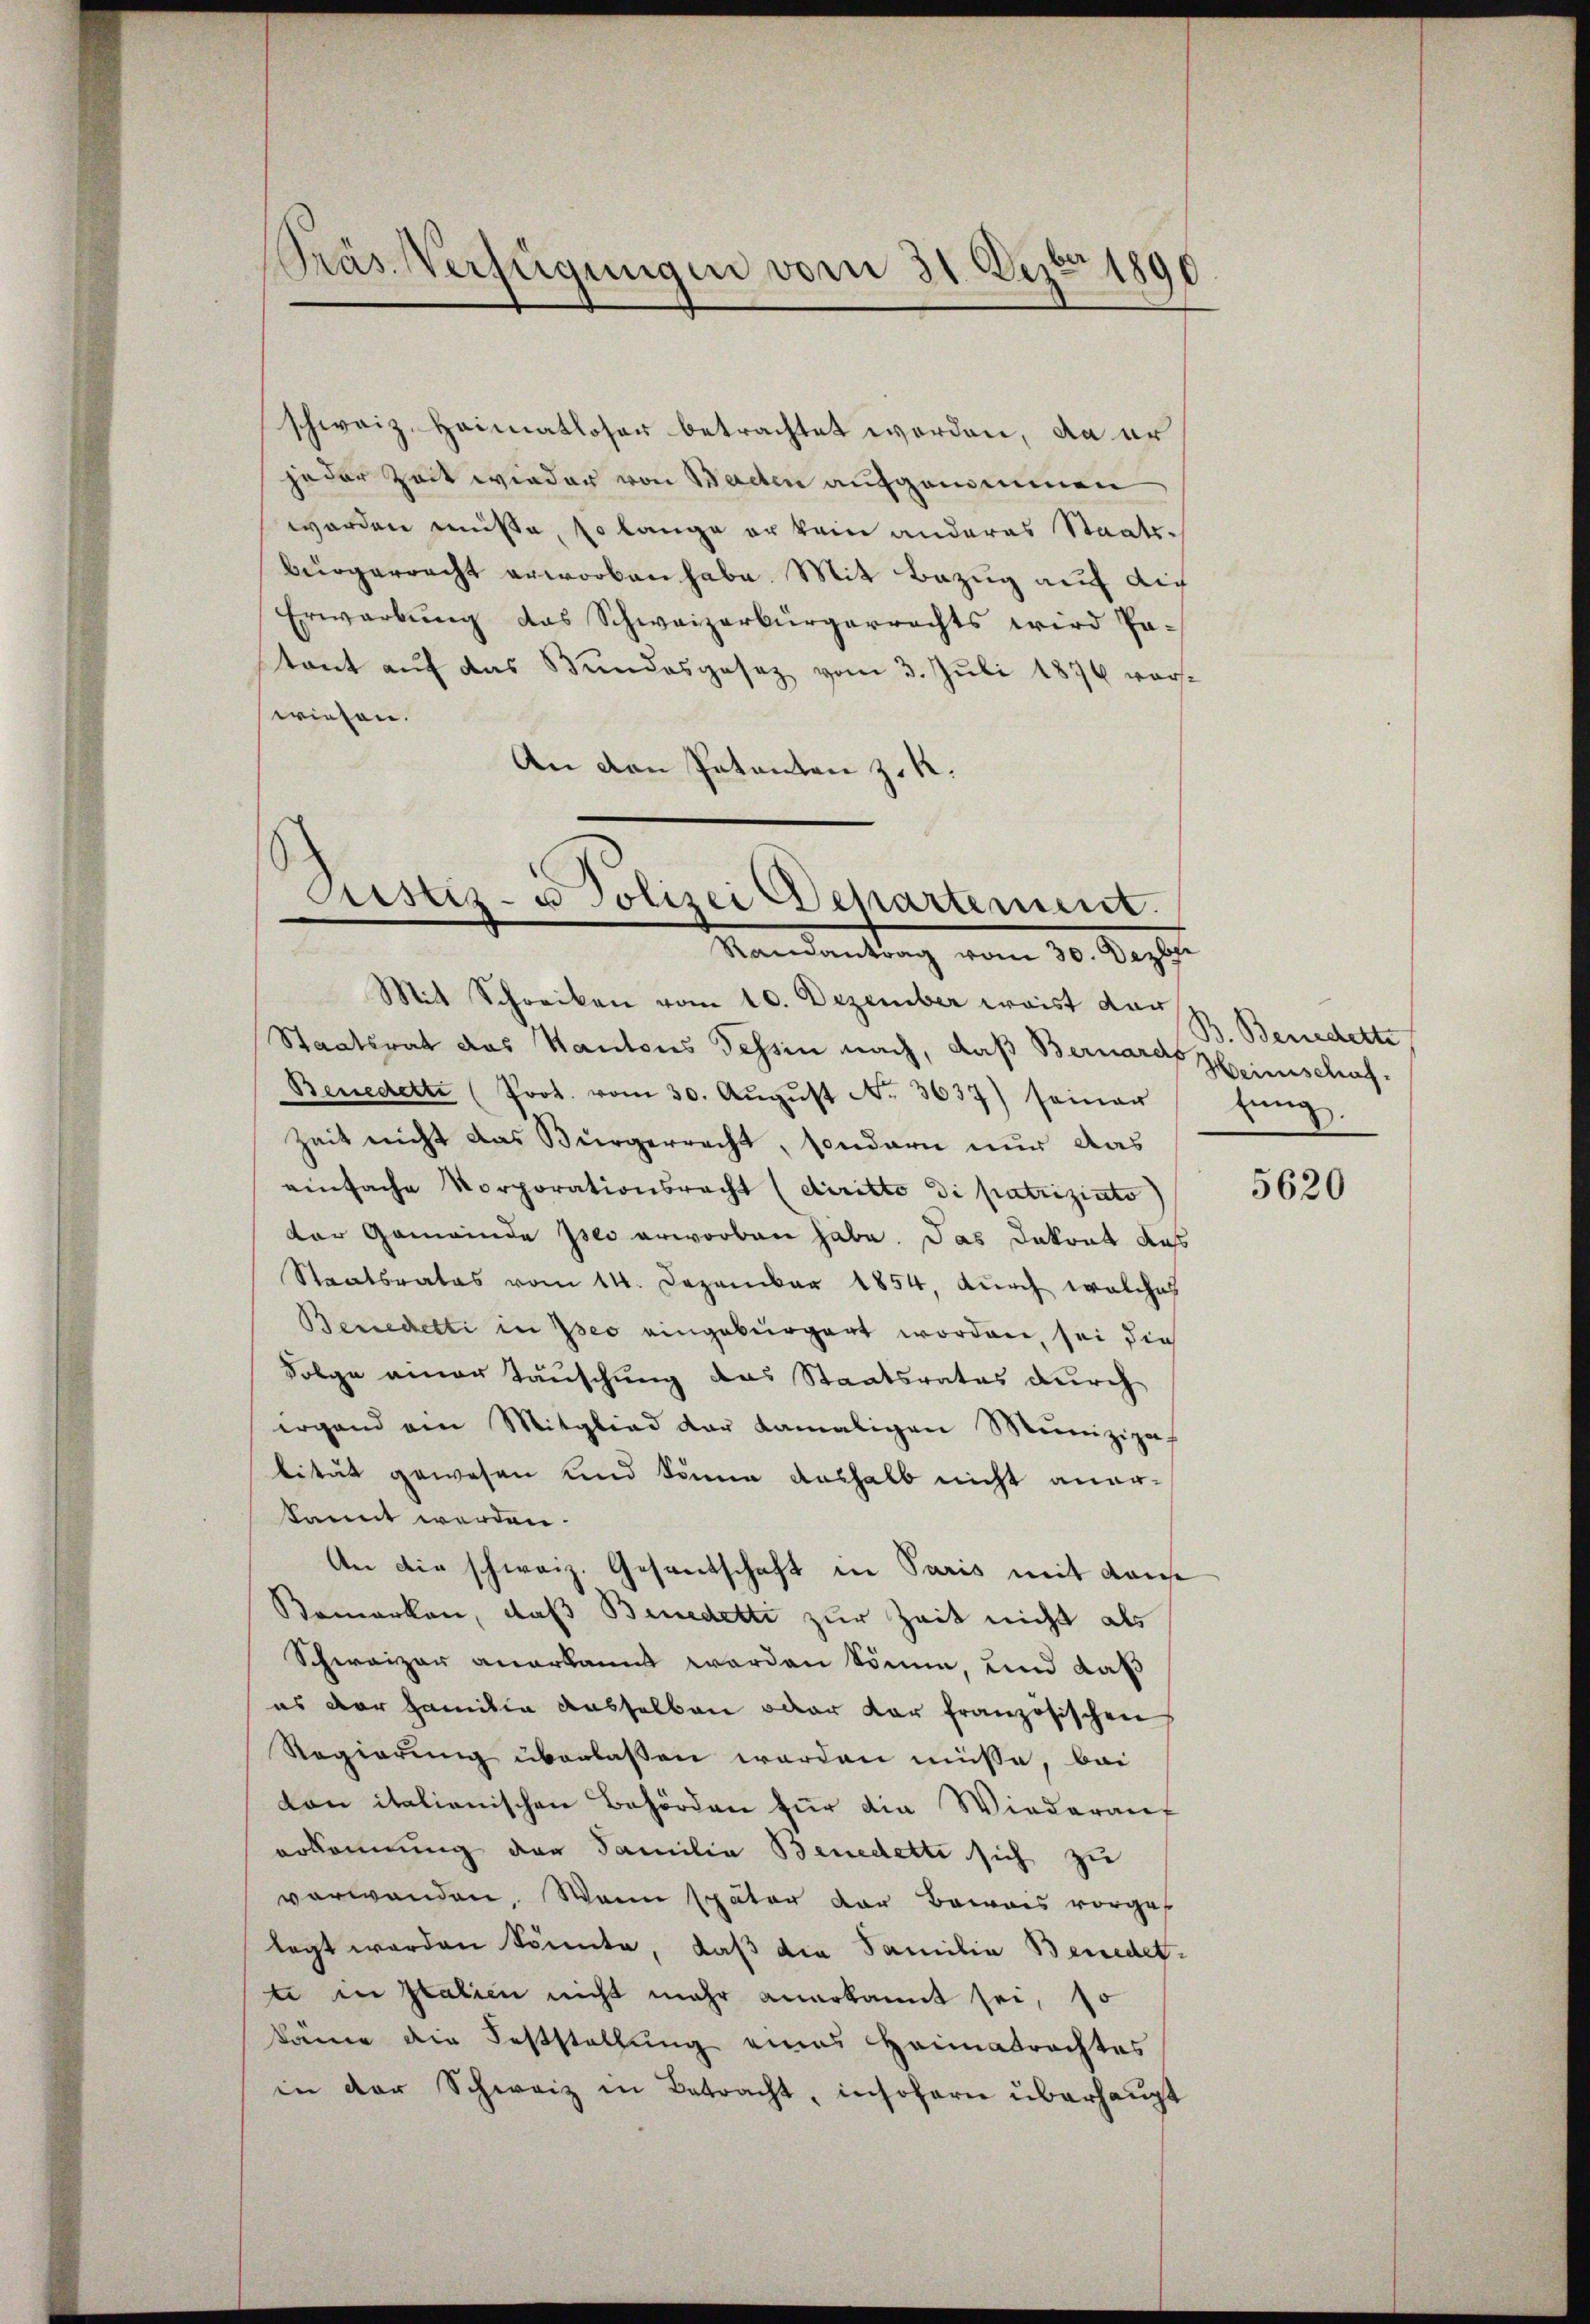
Präs. Verfügungen vom 31. Dezbr 1890

schweiz. Heimatloser betrachtet worden, da er
jeder Zeit wieder von Bachen aufgenommen
worden müsse, so lange er kein anderes Staatsbürgerracht erworben habe. Mit Bezug auf dich
Erwarbung das Schweizerbürgerrechts wird Potant auf das Bundesgesez vom 3. Juli 1876 vorwiesen.
An den Patenten z. R.

Justiz- u Polizei Departement.
Mandankung vom 30. Septe

Mit Schreiben vom 10. Dezember waist dar
Staatsrat das Kantons Tessin nach, daß Bernare Heimschaf¬
Benedette (Prot. vom 30. Aŭgŭst N. 3637) seiner
Zeit nicht das Bürgerrecht, sondern nur das
einfache Vorporationsrecht (diritto di patriziato
der Gemeinde sei erworben habe. Das Dakrat dass
Staatsrates vom 14. Dezember 1854, durch welches
Benedetti in Iseo eingebürgert worden, sei die
Folge einer Tauschung das Staatsrates durch
irgend am Mitglied der damaligen Munizipa-
lität gewesen und könne deshalb nicht aner-
kannt werden.
An die schweiz. Gesandschaft in Paris mit Kaise
Bemerken, daß Benedetti zur Zeit nicht als
Schweizer anerkannt worden könne, und daß
es der Familie dasselben oder dar französischen
Regierung überlassen worden müsse, bei
von italienischen Behörden für die Wiederauf
erkennung der Familia Benedette sich zu
verwanden. Wenn später der Beweis vorges
legt werden könnte, daß die Familie Benedet-
t in Italien nicht mehr anerkannt sei, so
käme die Feststellung eines Heimatrachtes
in der Schweiz in Betracht, insoferne überhaupt

B. Benedette
lung.

5620